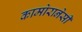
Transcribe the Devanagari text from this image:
कामोरानेसी